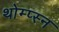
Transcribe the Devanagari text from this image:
थोम्प्स्न